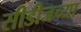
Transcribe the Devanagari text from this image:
सीडीजच्या